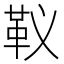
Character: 𩉠